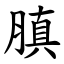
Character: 䐜